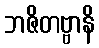
ဘဇိတဗ္ဗာနိ